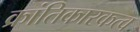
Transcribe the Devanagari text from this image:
क्रांतिकारकत्व